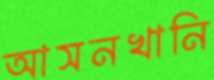
আসনখানি